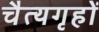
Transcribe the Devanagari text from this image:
चैत्यगृहों